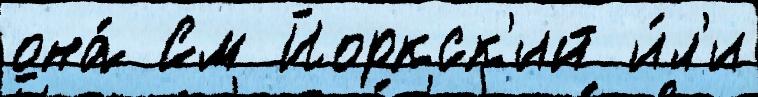
она́ См Йоркск'ий и́л'и